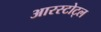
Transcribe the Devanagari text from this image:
आरस्टोट्ल